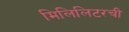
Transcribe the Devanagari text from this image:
मिलिलिटरची